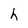
Character: h